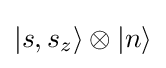
|s,s_{z}\rangle \otimes |n\rangle